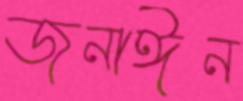
জুনাঈন